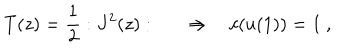
LaTeX: T ( z ) = { \frac { 1 } { 2 } } : J ^ { 2 } ( z ) : \qquad \Rightarrow \quad c ( u ( 1 ) ) = 1 \ ,